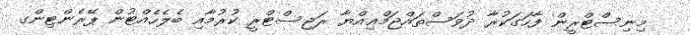
މިނިސްޓްރީން ފާހަގަކުރާ ދުވަސްތައްޖަމްޢިއްޔާ ރަޖިސްޓްރީ ކުރުމާއި ބެލެހެއްޓުން ޕޭރެންޓިންގ